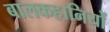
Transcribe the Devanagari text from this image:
बालकहानियों